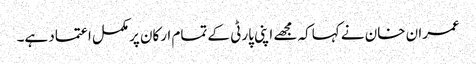
عمران خان نے کہاکہ مجھے اپنی پارٹی کے تمام ارکان پرمکمل اعتماد ہے۔